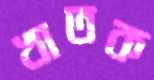
খাতক